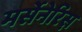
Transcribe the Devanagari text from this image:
मर्सेनेरिस़